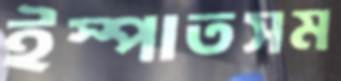
ইস্পাতসম